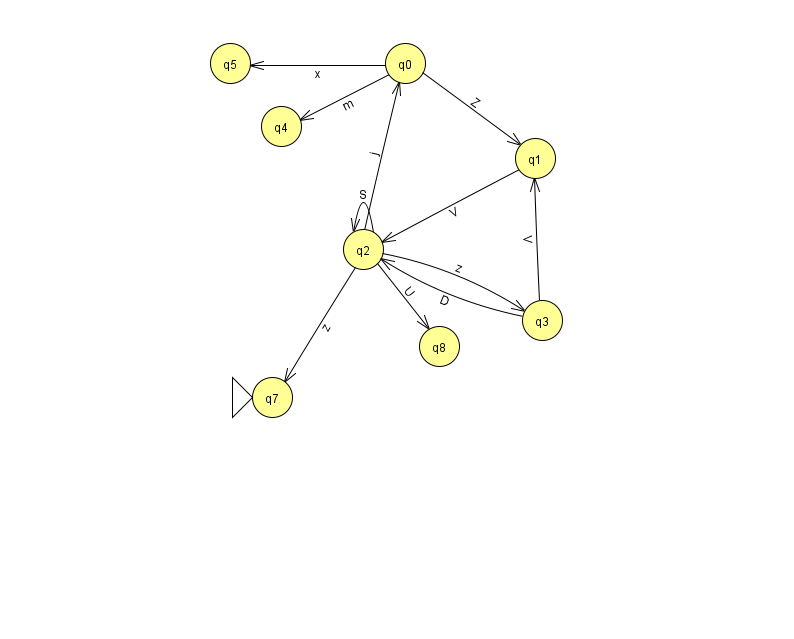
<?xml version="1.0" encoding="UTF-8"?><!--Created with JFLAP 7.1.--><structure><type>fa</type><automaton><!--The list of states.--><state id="0" name="q0"><x>405.0</x><y>50.0</y></state><state id="1" name="q1"><x>535.0</x><y>145.0</y></state><state id="2" name="q2"><x>363.0</x><y>236.0</y></state><state id="3" name="q3"><x>542.0</x><y>307.0</y></state><state id="4" name="q4"><x>281.0</x><y>113.0</y></state><state id="5" name="q5"><x>230.0</x><y>50.0</y></state><state id="7" name="q7"><x>272.0</x><y>384.0</y><initial/></state><state id="8" name="q8"><x>439.0</x><y>333.0</y></state><!--The list of transitions.--><transition><from>2</from><to>2</to><read>S</read></transition><transition><from>1</from><to>2</to><read>V</read></transition><transition><from>2</from><to>7</to><read>z</read></transition><transition><from>2</from><to>3</to><read>z</read></transition><transition><from>3</from><to>1</to><read>V</read></transition><transition><from>3</from><to>2</to><read>D</read></transition><transition><from>0</from><to>4</to><read>m</read></transition><transition><from>0</from><to>5</to><read>x</read></transition><transition><from>2</from><to>0</to><read>j</read></transition><transition><from>0</from><to>1</to><read>Z</read></transition><transition><from>2</from><to>8</to><read>U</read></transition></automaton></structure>